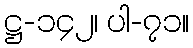
ဋ္ဌ-၁၄၂၊ ပါ-၇၁။